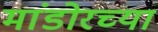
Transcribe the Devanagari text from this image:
मांडोरच्या